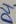
Text: D4